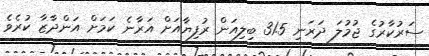
ސަރުކާރުގެ ޖުމުލަ ދަރަނި 31.5 ބިލިއަން ރުފިޔާއަށް އަރާނެ ކަމަށް އަންދާޒާ ކުރެވެ